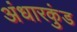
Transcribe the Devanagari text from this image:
अंधारकुंड